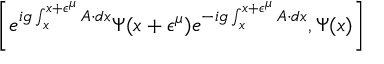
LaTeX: \left[ e ^ { i g \int _ { x } ^ { x + \epsilon ^ { \mu } } A \cdot d x } \Psi ( x + \epsilon ^ { \mu } ) e ^ { - i g \int _ { x } ^ { x + \epsilon ^ { \mu } } A \cdot d x } , \Psi ( x ) \right]